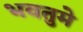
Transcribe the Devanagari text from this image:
भवतुमे